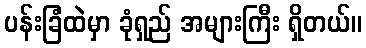
ပန်းခြံထဲမှာ ခုံရှည် အများကြီး ရှိတယ်။